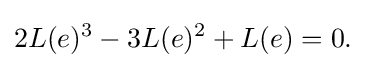
\displaystyle {2L(e)^{3}-3L(e)^{2}+L(e)=0.}